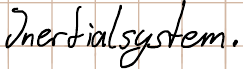
Inertialsystem.